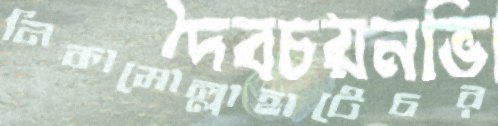
নিকামোল্লাহাটেচর